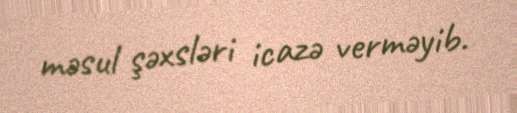
məsul şəxsləri icazə verməyib.